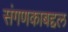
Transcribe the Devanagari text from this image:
संगणकाबद्दल